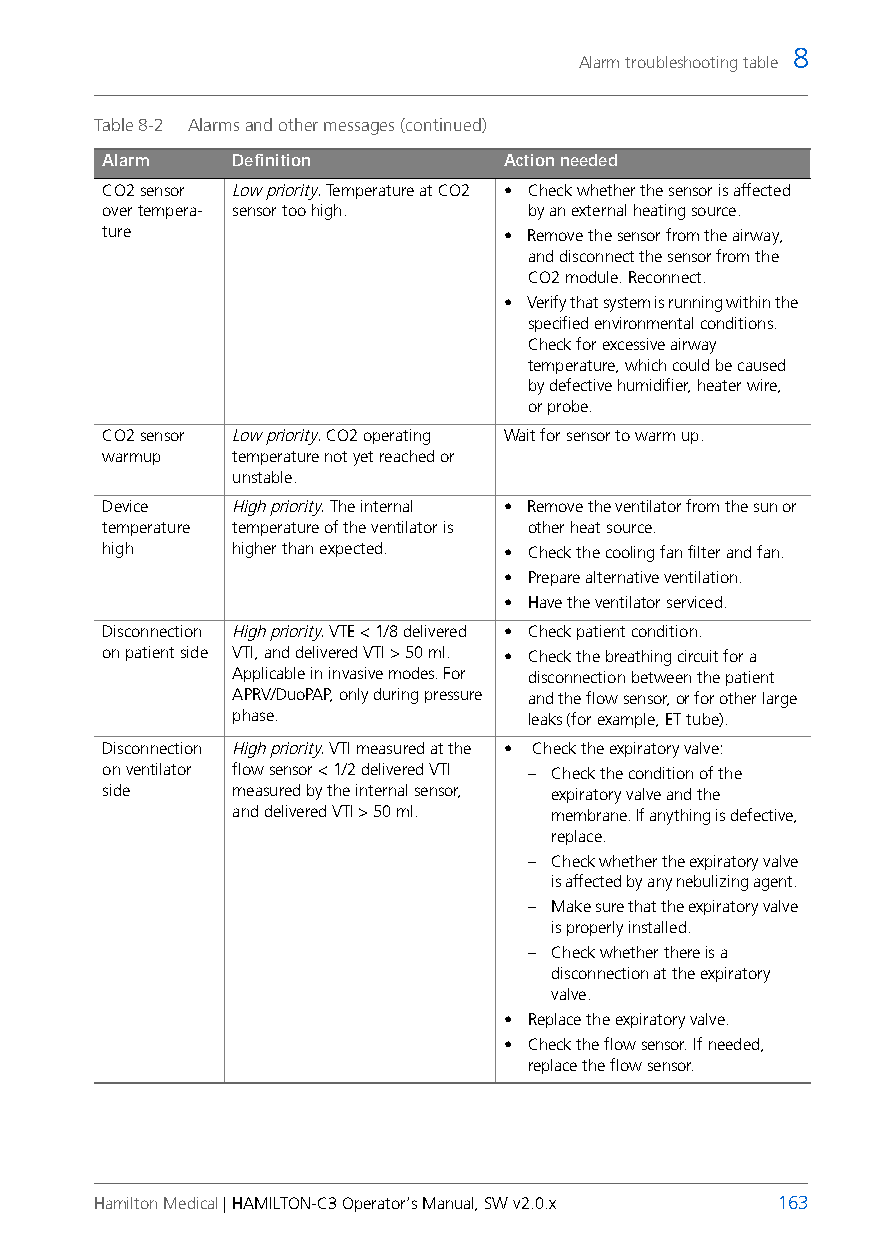
8
 Alarm troubleshooting table
 Table 8-2 Alarms and other messages (continued)
 Alarm    Definition        Action needed
 CO2 sensor Low priority. Temperature at CO2 • Check whether the sensor is affected
 over tempera- sensor too high. by an external heating source.
 ture                       • Remove the sensor from the airway,
 and disconnect the sensor from the
 CO2 module. Reconnect.
 • Verify that system is running within the
 specified environmental conditions.
 Check for excessive airway
 temperature, which could be caused
 by defective humidifier, heater wire,
 orprobe.
 CO2 sensor Low priority. CO2 operating Wait for sensor to warm up.
 warmup   temperature not yet reached or
 unstable.
 Device   High priority. The internal • Remove the ventilator from the sun or
 temperature temperature of the ventilator is other heat source.
 high     higher than expected. • Check the cooling fan filter and fan.
 • Prepare alternative ventilation.
 • Have the ventilator serviced.
 Disconnection High priority. VTE < 1/8 delivered • Check patient condition.
 on patient side VTI, and delivered VTI > 50 ml. • Check the breathing circuit for a
 Applicable in invasive modes. For disconnection between the patient
 APRV/DuoPAP, only during pressure and the flow sensor, or for other large
 phase.             leaks (for example, ET tube).
 Disconnection High priority. VTI measured at the • Check the expiratory valve:
 on ventilator flow sensor < 1/2 delivered VTI – Check the condition of the
 side     measured by the internal sensor, expiratory valve and the
 and delivered VTI > 50 ml. membrane. If anything is defective,
 replace.
 – Check whether the expiratory valve
 is affected by any nebulizing agent.
 – Make sure that the expiratory valve
 is properly installed.
 – Check whether there is a
 disconnection at the expiratory
 valve.
 • Replace the expiratory valve.
 • Check the flow sensor. If needed,
 replace the flow sensor.
 Hamilton Medical | HAMILTON-C3 Operator’s Manual, SW v2.0.x 163